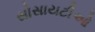
સોસાયટીઓ